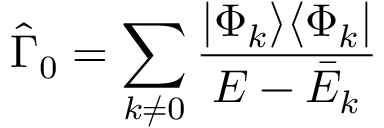
\hat { \Gamma } _ { 0 } = \sum _ { k \neq 0 } \frac { | \Phi _ { k } \rangle \langle \Phi _ { k } | } { E - \bar { E } _ { k } }